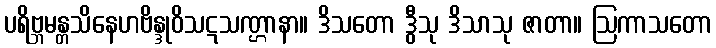
ပရိဗ္ဘမန္တသိနေဟဗိန္ဒုဝိသဋသဏ္ဌာနာ။ ဒိသတော ဒွီသု ဒိသာသု ဇာတာ။ ဩကာသတော